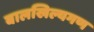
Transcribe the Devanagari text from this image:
बालखिल्यगण